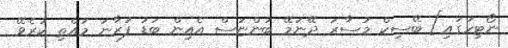
ނޯޓިހުގައި] ބޭސިކް މުސާރަ ދޭނަމޭ ބުންޏަސް އެއިން ބަޑު ފުރާނަ މުއްތި ކުރެވޭ